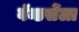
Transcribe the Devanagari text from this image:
वॅन्डर्सेला